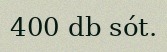
400 db sót.